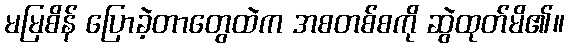
မမြစိန် ပြောခဲ့တာတွေထဲက အစတစ်စကို ဆွဲထုတ်မိ၏။